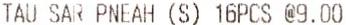
TAU SAR PNEAH (S) 16PCS @9.00